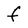
Character: f